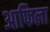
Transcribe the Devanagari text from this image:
आफिला